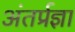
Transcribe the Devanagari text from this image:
अंतर्प्रज्ञा